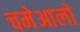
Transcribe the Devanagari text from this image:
चमेआलो